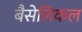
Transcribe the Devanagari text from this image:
बैसेलिकल